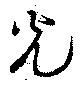
光